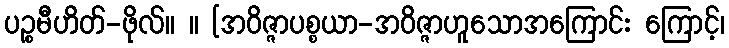
ပဉ္စမီဟိတ်-ဖိုလ်။ ။ [အဝိဇ္ဇာပစ္စယာ-အဝိဇ္ဇာဟူသောအကြောင်း ကြောင့်၊